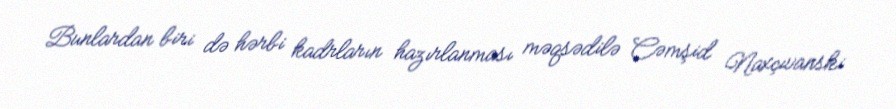
Bunlardan biri də hərbi kadrların hazırlanması məqsədilə Cəmşid Naxçıvanski